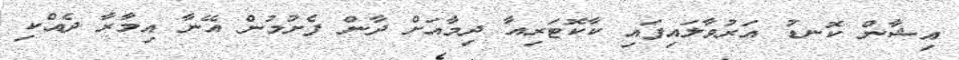
އިޝާން ކޮނޑު އަރުވާލައިފައި ކާކޮޓަރިއާ ދިމާއަށް ދާން ފެށުމުން އޭނާ އިމާރާ ދެއްކި